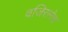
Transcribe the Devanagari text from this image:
वजिरानेच